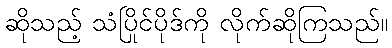
ဆိုသည့် သံပြိုင်ပိုဒ်ကို လိုက်ဆိုကြသည်။